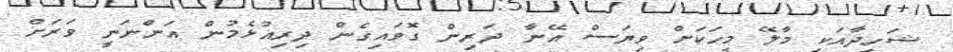
ޝަހީދާއަކީ މާލޭ މީހަކަށް ވިޔަސް އޭނާ ދަރިން ގޮވައިގެން ދިރިއުޅެމުން އަންނަނީ ވަރަށް